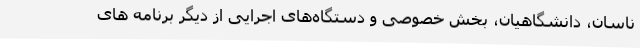
ناسان، دانشگاهیان، بخش خصوصی و دستگاه‌های اجرایی از دیگر برنامه های